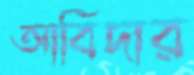
আবিদার